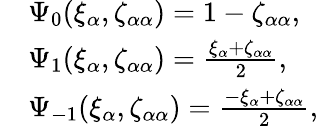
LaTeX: \begin{array}{rl}&{\Psi_{0}(\xi_{\alpha},\zeta_{\alpha\alpha})=1-\zeta_{\alpha\alpha},}\\ &{\Psi_{1}(\xi_{\alpha},\zeta_{\alpha\alpha})=\frac{\xi_{\alpha}+\zeta_{\alpha\alpha}}{2},}\\ &{\Psi_{-1}(\xi_{\alpha},\zeta_{\alpha\alpha})=\frac{-\xi_{\alpha}+\zeta_{\alpha\alpha}}{2},}\end{array}